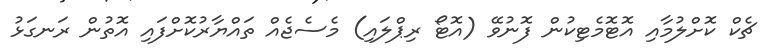
ޗެކް ކޮށްލުމާއި އޮޓޮމެޓިކުން ފޮނުވޭ (އޮޓޯ ރިޕްލައި) މެސެޖެއް ތައްޔާރުކޮށްފައި އޮތުން ރަނގަޅު